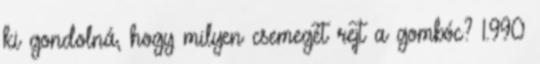
ki gondolná, hogy milyen csemegét rejt a gombóc? 1.990